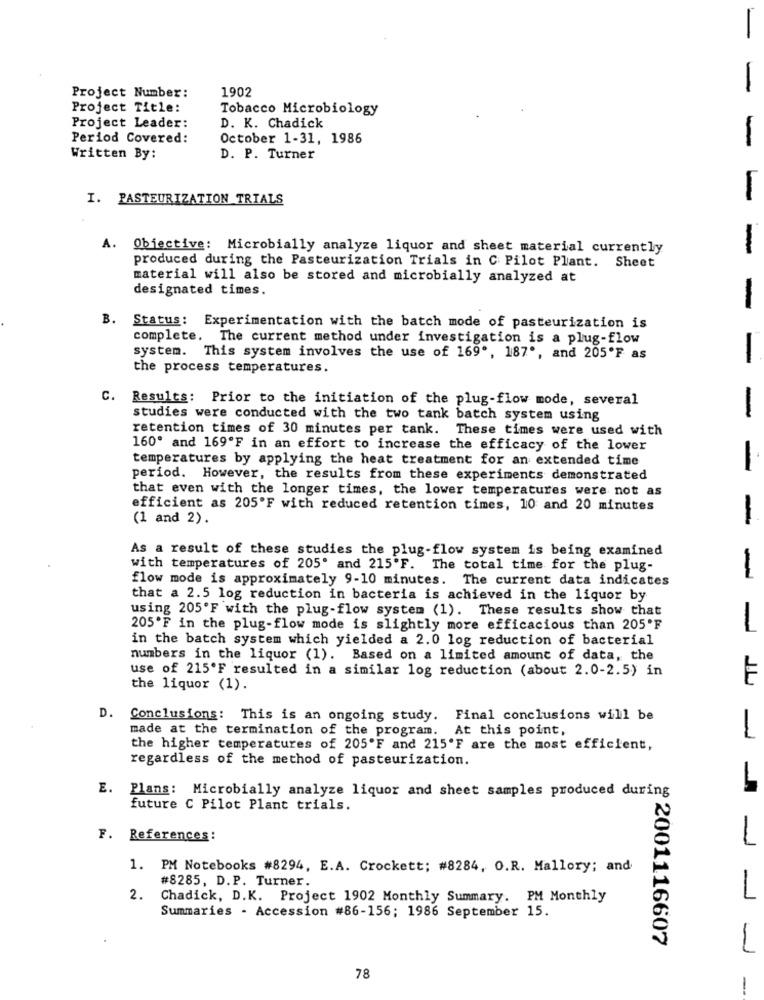
-
1902
-
Project Number:
Project Title:
Tobacco Microbiology
Project Leader:
D. K. Chadick
Period Covered:
October 1-31, 1986
-
Written By:
D. P. Turner
I. PASTEURIZATION TRIALS
-
A. Obiective: Microbially analyze liquor and sheet material currently
-
produced during the Pasteurization Trials in C Pilot Plant. Sheet
material will also be stored and microbially analyzed at
designated times.
-
B. Status: Experimentation with the batch mode of pasteurization is
complete. The current method under investigation is a plug-flow
system. This system involves the use of 169", 187", and 205'F as
-
the process temperatures.
C. Results: Prior to the initiation of the plug-flow mode, several
-
studies were conducted with the two tank batch system using
retention times of 30 minutes per tank. These times were used with
160' and 169ºF in an effort to increase the efficacy of the lower
temperatures by applying the heat treatment for an extended time
-
period. However, the results from these experiments demonstrated
that even with the longer times, the lower temperatures were not as
efficient as 205'F with reduced retention times, 10 and 20 minutes
(1 and 2).
-
As a result of these studies the plug-flow system is being examined
with temperatures of 205' and 215'F. The total time for the plug-
flow mode is approximately 9-10 minutes. The current data indicates
-
that a 2.5 log reduction in bacteria is achieved in the liquor by
using 205'F with the plug-flow system (1). These results show that
205'F in the plug-flow mode is slightly more efficacious than 205'F
-
in the batch system which yielded a 2.0 log reduction of bacterial
numbers in the liquor (1). Based on a limited amount of data, the
use of 215ºF resulted in a similar log reduction (about 2.0-2.5) in
the liquor (1).
J.L
Conclusions: This is an ongoing study. Final conclusions will be
made at the termination of the program. At this point,
-
the higher temperatures of 205'F and 215'F are the most efficient,
regardless of the method of pasteurization.
E.
Plans: Microbially analyze liquor and sheet samples produced during
future C Pilot Plant trials.
F. References:
PM Notebooks #8294, E.A. Crockett; #8284, O.R. Mallory; and
#8285, D.P. Turner.
2.
Chadick, D.K. Project 1902 Monthly Summary. PM Monthly
Summaries - Accession #86-156; 1986 September 15.
# 2001116607
78
-